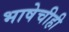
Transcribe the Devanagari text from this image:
भाषेचीही